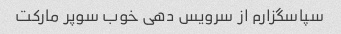
سپاسگزارم از سرویس دهی خوب سوپر مارکت